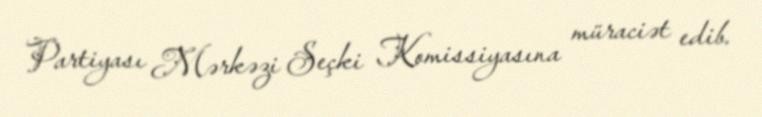
Partiyası Mərkəzi Seçki Komissiyasına müraciət edib.